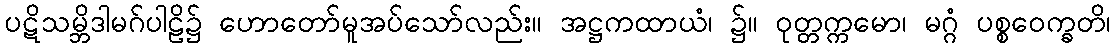
ပဋိသမ္ဘိဒါမဂ်ပါဠိ၌ ဟောတော်မူအပ်သော်လည်း။ အဋ္ဌကထာယံ၊ ၌။ ဝုတ္တက္ကမော၊ မဂ္ဂံ ပစ္စဝေက္ခတိ၊